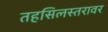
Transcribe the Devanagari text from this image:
तहसिलस्तरावर